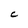
Character: C